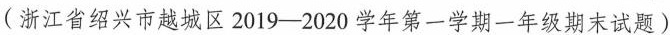
(浙江省绍兴市越城区2019——2020学年第一学期一年级期末试题)